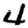
Digit: 4